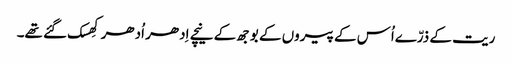
ریت کے ذرّےاُس کے پیروں کے بوجھ کے نیچے اِدھر اُدھر کِھسک گئے تھے۔